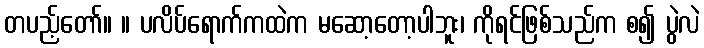
တပည့်တော်။ ။ ပလိပ်ရောက်ကထဲက မဆော့တော့ပါဘူး၊ ကိုရင်ဖြစ်သည်က စ၍ ပွဲလဲ